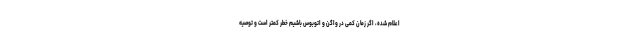
اعلام شده، اگر زمان کمی در واگن و اتوبوس باشیم خطر کمتر است و توصیه